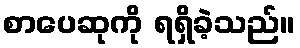
စာပေဆုကို ရရှိခဲ့သည်။